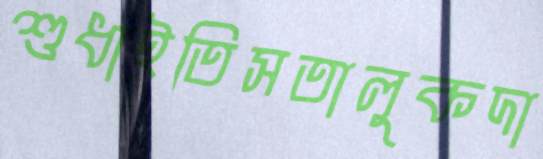
শুধাইতিসতালুকদা